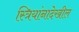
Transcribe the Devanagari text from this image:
स्त्रियांनादेखील